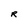
Character: R